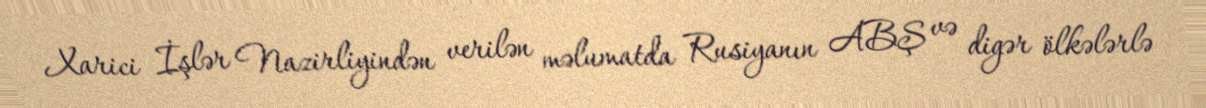
Xarici İşlər Nazirliyindən verilən məlumatda Rusiyanın ABŞ və digər ölkələrlə